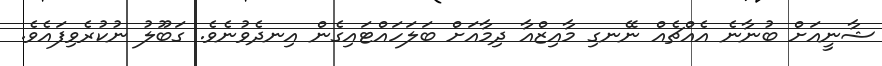
ޝާނީއަށް ބުނާނެ އެއްޗެއް ނޭނގި މާއިޒްއާ ދިމާއަށް ބަލަހައްޓައިގެން އިނދެވުނެވެ. ގަބޫލު ނުކުރެވިފައެވެ.